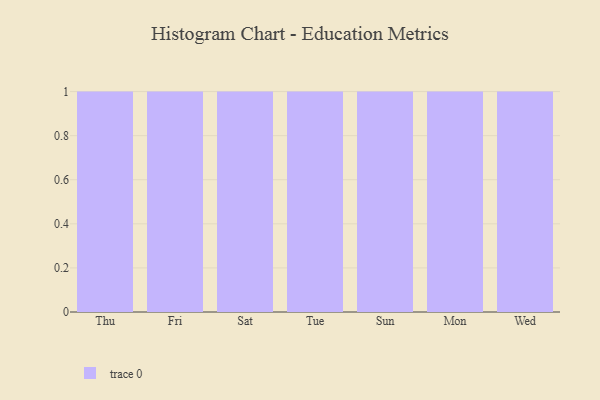
{"axis": {"x": "Day", "y": "Waste Production (Tons)"}, "legend": [""], "data": [{"x": "Thu", "y": 12, "type": ""}, {"x": "Fri", "y": 13, "type": ""}, {"x": "Sat", "y": 50, "type": ""}, {"x": "Tue", "y": 99, "type": ""}, {"x": "Sun", "y": 71, "type": ""}, {"x": "Mon", "y": 9, "type": ""}, {"x": "Wed", "y": 99, "type": ""}]}